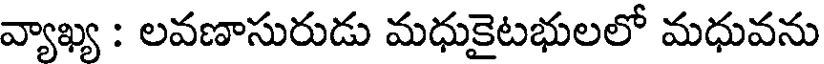
వ్యాఖ్య : లవణాసురుడు మధుకైటభులలో మధువను